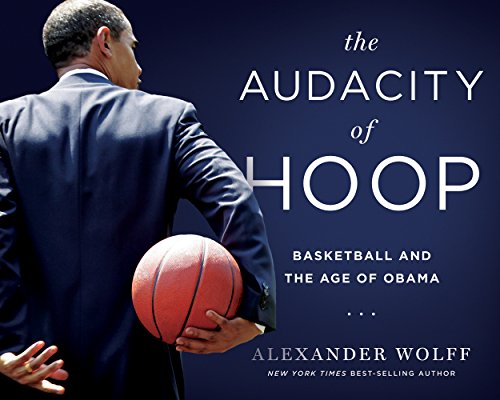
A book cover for The Audacity of Hoop: Basketball and the Age of Obama; Alexander Wolff; Biographies & Memoirs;